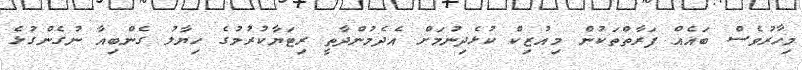
މިހާރުވެސް ބައެއް ފަރާތްތަކުން މިއުޒިކް ކުޅެދިނުމަށް އެދެމުންދާތީ ރިޓަޔާކުރުމުގެ ހިޔާލު ގެންބިއާ ނުގެންގުޅެ